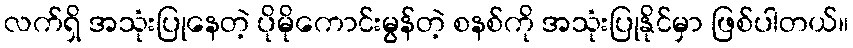
လက်ရှိ အသုံးပြုနေတဲ့ ပိုမိုကောင်းမွန်တဲ့ စနစ်ကို အသုံးပြုနိုင်မှာ ဖြစ်ပါတယ်။